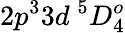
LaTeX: {2p^{3}3d~^{5}D_{4}^{o}}